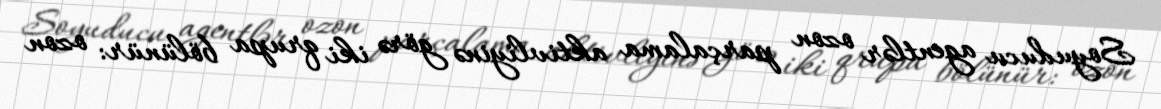
Soyuducu agentlər ozon parçalama aktivliyinə görə iki qrupa bölünür: ozon